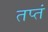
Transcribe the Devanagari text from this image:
तप्तं